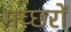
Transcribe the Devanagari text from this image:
मच्‍छरों